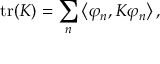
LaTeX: \operatorname { t r } ( K ) = \sum _ { n } \left\langle \varphi _ { n } , K \varphi _ { n } \right\rangle ,